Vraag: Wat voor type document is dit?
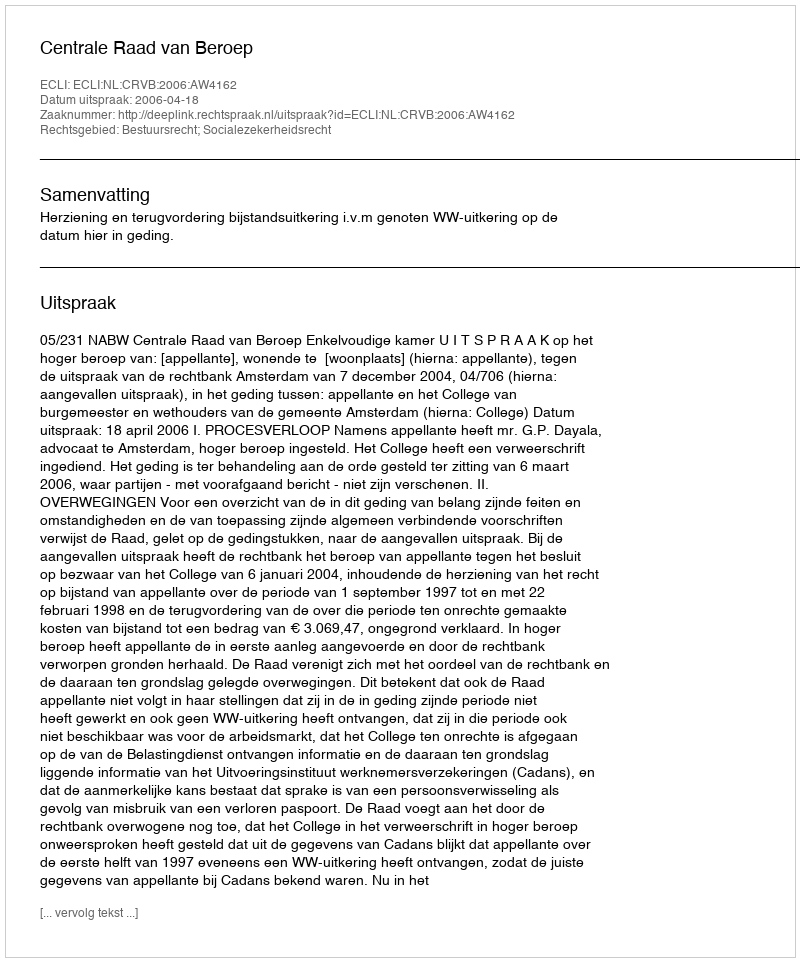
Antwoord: Uitspraak